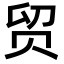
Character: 贸